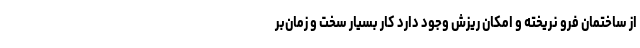
از ساختمان فرو نریخته و امکان ریزش وجود دارد کار بسیار سخت و زمان‌بر